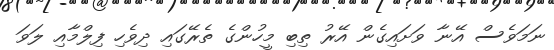
ނަމަވެސް އޭނާ ވަށައިގެން އޭރު ތިބި މީހުންގެ ތެރޭގައި ދިވެހި ފިލްމާއި ލަވަ